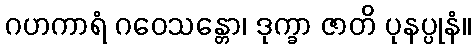
ဂဟကာရံ ဂဝေသန္တော၊ ဒုက္ခာ ဇာတိ ပုနပ္ပုနံ။